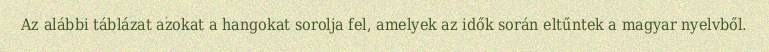
Az alábbi táblázat azokat a hangokat sorolja fel, amelyek az idők során eltűntek a magyar nyelvből.